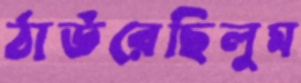
ঠাউরেছিলুম